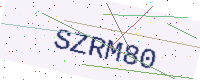
Text: SZRM80